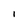
Character: I